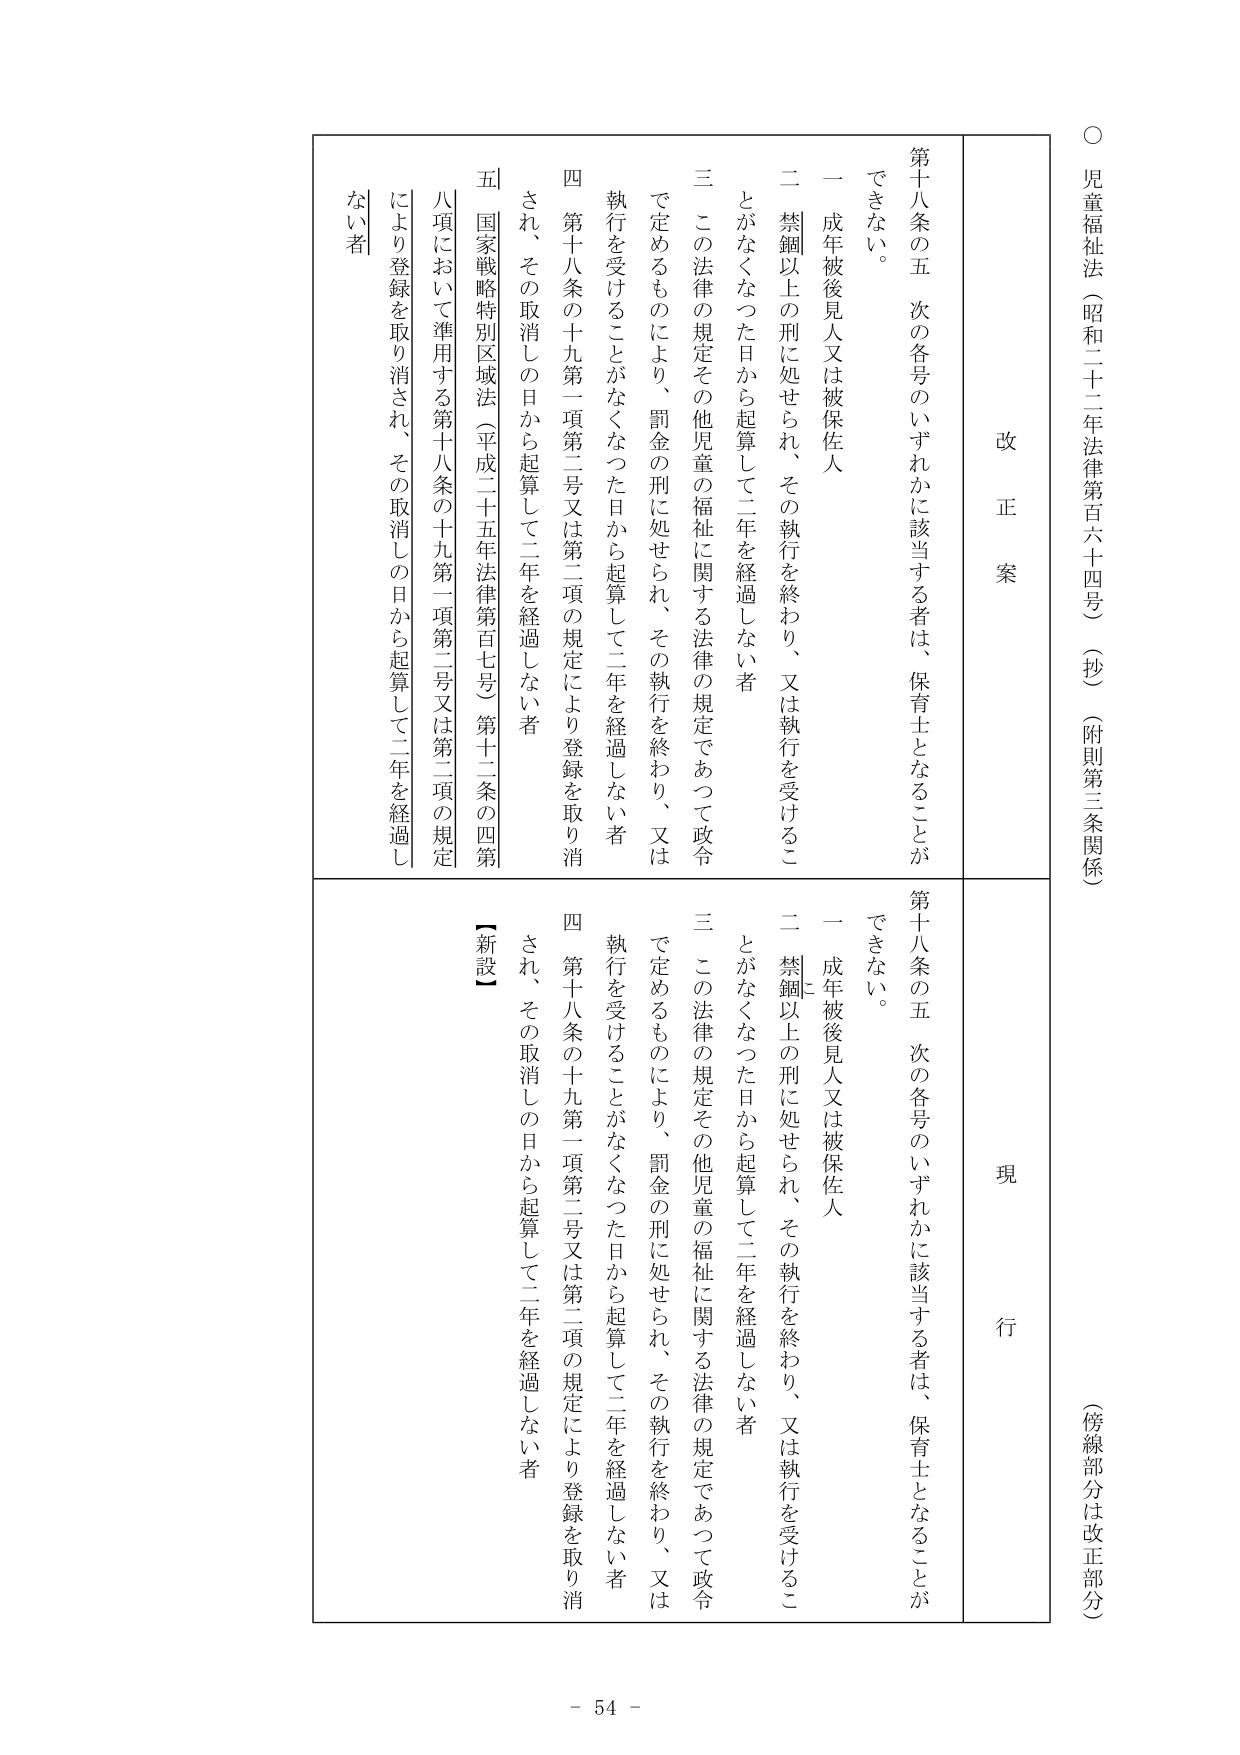
○ 児童福祉法（昭和二十二年法律第百六十四号）（抄）（附則第三条関係）
（傍線部分は改正部分）

改正案
第十八条の五 次の各号のいずれかに該当する者は、保育士となることが
できない。
一 成年被後見人又は被保佐人
二 禁錮以上の刑に処せられ、その執行を終わり、又は執行を受けるこ
とがなくなった日から起算して二年を経過しない者
三 この法律の規定その他児童の福祉に関する法律の規定であつて政令
で定めるものにより、罰金の刑に処せられ、その執行を終わり、又は
執行を受けることがなくなった日から起算して二年を経過しない者
四 第十八条の十九第一項第二号又は第二項の規定により登録を取り消
され、その取消しの日から起算して二年を経過しない者
五 国家戦略特別区域法（平成二十五年法律第百七号）第十二条の四第
八項において準用する第十八条の十九第一項第二号又は第二項の規定
により登録を取り消され、その取消しの日から起算して二年を経過し
ない者

現行
第十八条の五 次の各号のいずれかに該当する者は、保育士となることが
できない。
一 成年被後見人又は被保佐人
二 禁錮以上の刑に処せられ、その執行を終わり、又は執行を受けるこ
とがなくなった日から起算して二年を経過しない者
三 この法律の規定その他児童の福祉に関する法律の規定であつて政令
で定めるものにより、罰金の刑に処せられ、その執行を終わり、又は
執行を受けることがなくなった日から起算して二年を経過しない者
四 第十八条の十九第一項第二号又は第二項の規定により登録を取り消
され、その取消しの日から起算して二年を経過しない者
【新設】

- 54 -